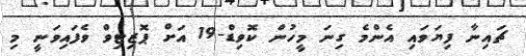
ޗައިނާ ފިޔަވައި އެންމެ ގިނަ މީހުން ކޮވިޑް-19 އަށް ޕޮޒިޓިވް ވެފައިވަނީ މި